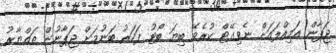
ޖަޕާން އަމިއްލައަށް ނެވިގޭޓް ކުރެވޭ ބިޔަ ބޯޓު ފަހަރު ބަނުމަށް ޖަޕާނުން ތައްޔާރު